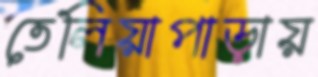
তেলিয়াপাড়ায়